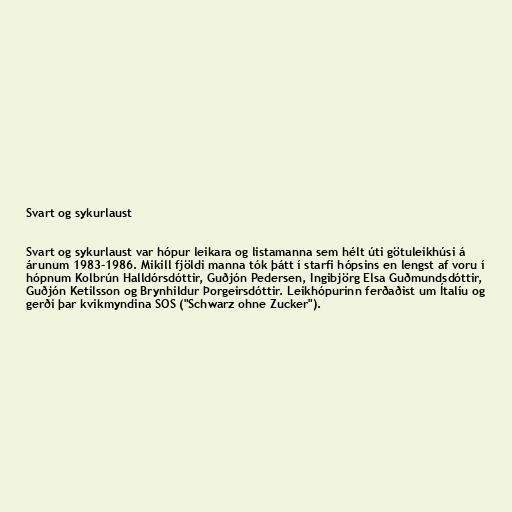
Svart og sykurlaust

Svart og sykurlaust var hópur leikara og listamanna sem hélt úti götuleikhúsi á
árunum 1983-1986. Mikill fjöldi manna tók þátt í starfi hópsins en lengst af voru í
hópnum Kolbrún Halldórsdóttir, Guðjón Pedersen, Ingibjörg Elsa Guðmundsdóttir,
Guðjón Ketilsson og Brynhildur Þorgeirsdóttir. Leikhópurinn ferðaðist um Ítalíu og
gerði þar kvikmyndina SOS ("Schwarz ohne Zucker").